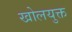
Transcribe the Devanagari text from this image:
खोलयुक्त